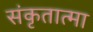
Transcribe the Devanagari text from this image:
संकृतात्मा